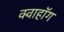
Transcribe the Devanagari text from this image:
क्वाहॉग